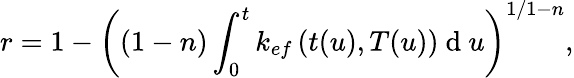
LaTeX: r=1-\left((1-n)\int_{0}^{t}k_{ef}\left(t(u),T(u)\right)\mathrm{~d~}u\right)^{1/1-n},